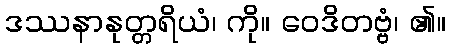
ဒဿနာနုတ္တရိယံ၊ ကို။ ဝေဒိတဗ္ဗံ၊ ၏။